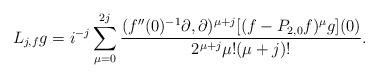
LaTeX: \begin{align*}L_{j,f}g= i^{-j}\sum_{\mu=0}^{2j}\frac{ (f''(0)^{-1} \partial, \partial )^{\mu+j} [ (f-P_{2,0}f )^\mu g ](0)}{ 2^{\mu+j} \mu !(\mu+j) !}.\end{align*}